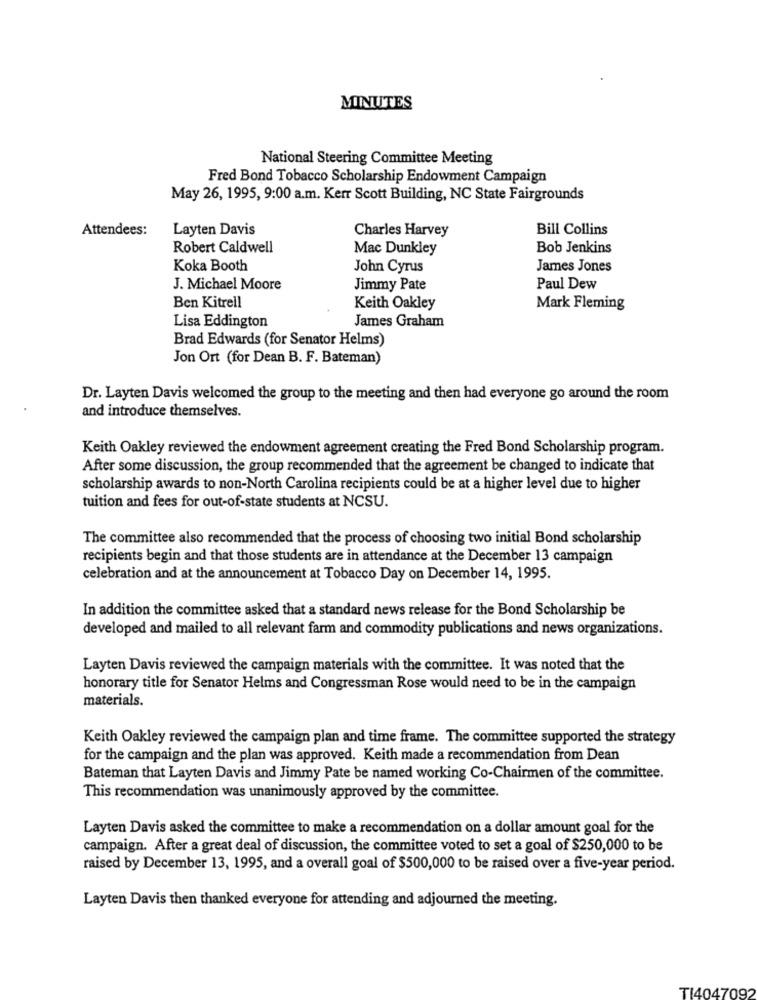
MINUTES
National Steering Committee Meeting
Fred Bond Tobacco Scholarship Endowment Campaign
May 26, 1995, 9:00 a.m. Kerr Scott Building, NC State Fairgrounds
Attendees:
Layten Davis
Charles Harvey
Bill Collins
Robert Caldwell
Mac Dunkley
Bob Jenkins
Koka Booth
John Cyrus
James Jones
J. Michael Moore
Jimmy Pate
Paul Dew
Ben Kitrell
Keith Oakley
Mark Fleming
Lisa Eddington
James Graham
Brad Edwards (for Senator Helms)
Jon Ort (for Dean B. F. Bateman)
Dr. Layten Davis welcomed the group to the meeting and then had everyone go around the room
and introduce themselves.
Keith Oakley reviewed the endowment agreement creating the Fred Bond Scholarship program.
After some discussion, the group recommended that the agreement be changed to indicate that
scholarship awards to non-North Carolina recipients could be at a higher level due to higher
tuition and fees for out-of-state students at NCSU.
The committee also recommended that the process of choosing two initial Bond scholarship
recipients begin and that those students are in attendance at the December 13 campaign
celebration and at the announcement at Tobacco Day on December 14, 1995.
In addition the committee asked that a standard news release for the Bond Scholarship be
developed and mailed to all relevant farm and commodity publications and news organizations.
Layten Davis reviewed the campaign materials with the committee. It was noted that the
honorary title for Senator Helms and Congressman Rose would need to be in the campaign
materials.
Keith Oakley reviewed the campaign plan and time frame. The committee supported the strategy
for the campaign and the plan was approved. Keith made a recommendation from Dean
Bateman that Layten Davis and Jimmy Pate be named working Co-Chairmen of the committee.
This recommendation was unanimously approved by the committee.
Layten Davis asked the committee to make a recommendation on a dollar amount goal for the
campaign. After a great deal of discussion, the committee voted to set a goal of $250,000 to be
raised by December 13, 1995, and a overall goal of $500,000 to be raised over a five-year period.
Layten Davis then thanked everyone for attending and adjourned the meeting.
TI4047092